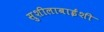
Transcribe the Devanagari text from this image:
सुशीलाबाईंशी